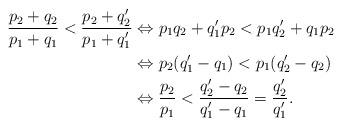
LaTeX: \begin{align*}\frac{p_2+q_2}{p_1+q_1}<\frac{p_2+q_2'}{p_1+q_1'}&\Leftrightarrow{p_1q_2+q_1'p_2<p_1q_2'+q_1p_2}\\&\Leftrightarrow{p_2(q_1'-q_1)<p_1(q_2'-q_2)}\\&\Leftrightarrow{\frac{p_2}{p_1}<\frac{q_2'-q_2}{q_1'-q_1}=\frac{q_2'}{q_1'}}. \end{align*}